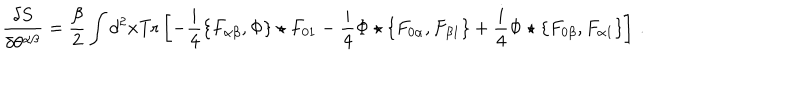
LaTeX: \frac { \delta S } { \delta \theta ^ { \alpha \beta } } = \frac { \beta } { 2 } \int d ^ { 2 } x { \mathrm { T r } } \left[ - \frac i 4 \{ F _ { \alpha \beta } , \Phi \} \star F _ { 0 1 } - \frac i 4 \Phi \star \{ F _ { 0 \alpha } , F _ { \beta 1 } \} + \frac i 4 \Phi \star \{ F _ { 0 \beta } , F _ { \alpha 1 } \} \right] \, .